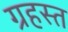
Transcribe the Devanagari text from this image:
ग्रहस्त